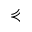
\curlyeqprec